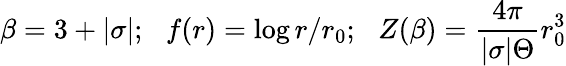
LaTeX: \beta=3+|\sigma|;\, \, \, \, f(r)=\log r/r_{0};\, \, \, \, Z(\beta)=\frac{4\pi}{|\sigma|{\Theta}}r_{0}^{3}